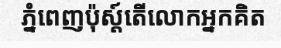
ភ្នំពេញប៉ុស្ត៍តើលោកអ្នកគិត